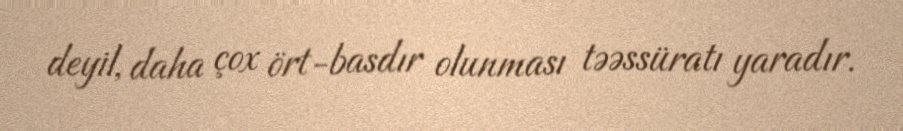
deyil, daha çox ört-basdır olunması təəssüratı yaradır.